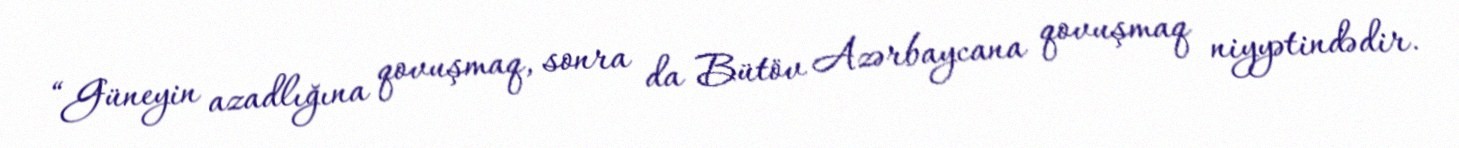
“Güneyin azadlığına qovuşmaq, sonra da Bütöv Azərbaycana qovuşmaq niyyətindədir.